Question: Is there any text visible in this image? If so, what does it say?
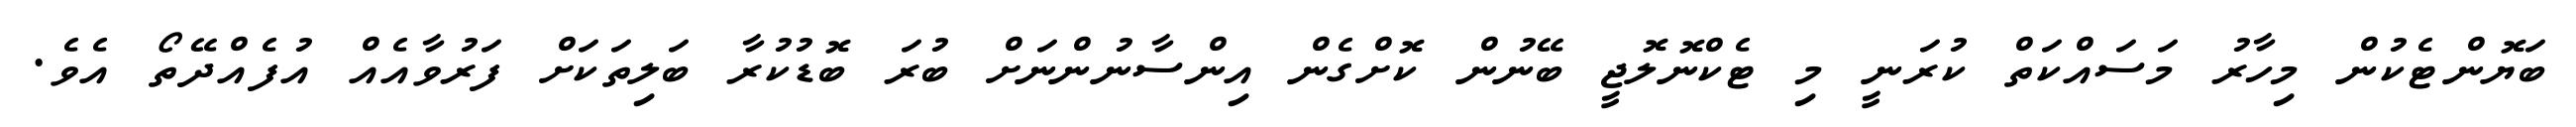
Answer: ބަޔޮންޓެކުން މިހާރު މަސައްކަތް ކުރަނީ މި ޓެކްނޮލޮޖީ ބޭނުން ކޮށްގެން އިންސާނުންނަށް ބުރަ ބޮޑުކުރާ ބަލިތަކަށް ފަރުވާއެއް އުފެއްދޭތޯ އެވެ.